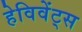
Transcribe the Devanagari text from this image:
हेविवेंट्स